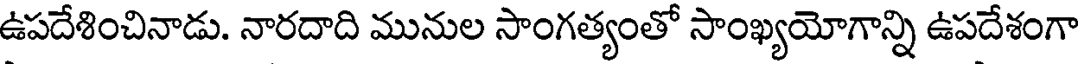
ఉపదేశించినాడు. నారదాది మునుల సాంగత్యంతో సాంఖ్యయోగాన్ని ఉపదేశంగా